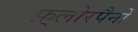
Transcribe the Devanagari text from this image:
फ़्लोरपैनों